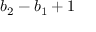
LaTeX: b _ { 2 } - b _ { 1 } + 1